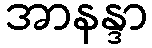
အာနန္ဒာ